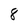
Character: 8